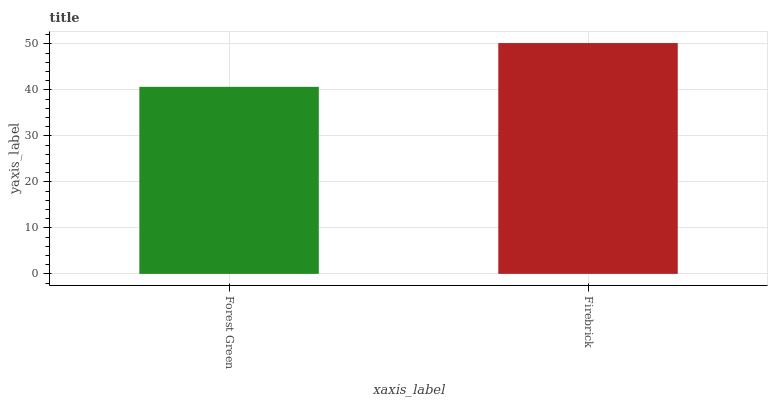
| xaxis_label | bars |
 | --- | --- |
 | Forest Green | 40.7 |
 | Firebrick | 50.2 |